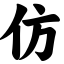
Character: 仿